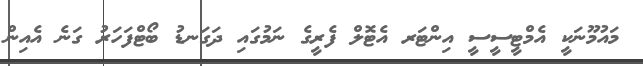
މައުމޫނަކީ އެމްޓީސީސީ އިންޓަރ އެޓޮލް ފެރީގެ ނަމުގައި ދަގަނޑު ބޯޓްފަހަރު ގަނެ އެއިން